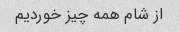
از شام همه چیز خوردیم